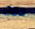
دمج